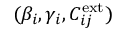
( \beta _ { i } , \gamma _ { i } , C _ { i j } ^ { \mathrm { e x t } } )